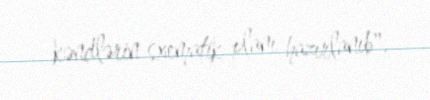
kəndlərin sxematik planı hazırlanıb".